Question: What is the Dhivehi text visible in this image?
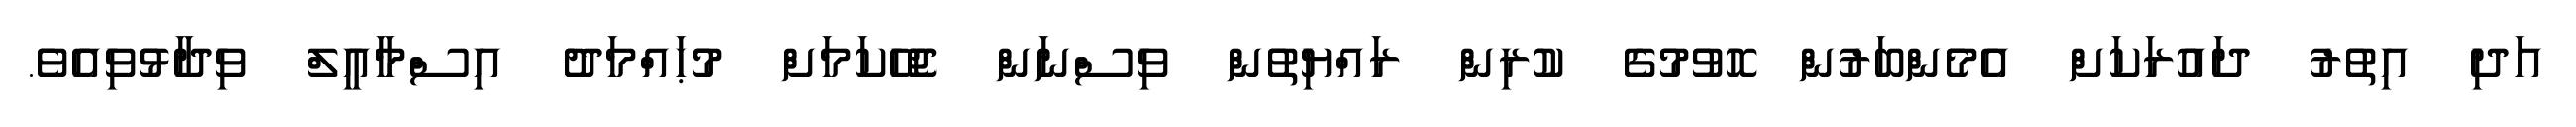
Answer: އަދި އިތުރު ދައުރަކަށް އެމެންބަރުން ހޮވުމުގެ ކުރިން ރައްޔިތުން ވިސްނަން ޖެހޭކަމަށް މުޙައްމަދު އިސްމާއީލް ވިދާޅުވިއެވެ.